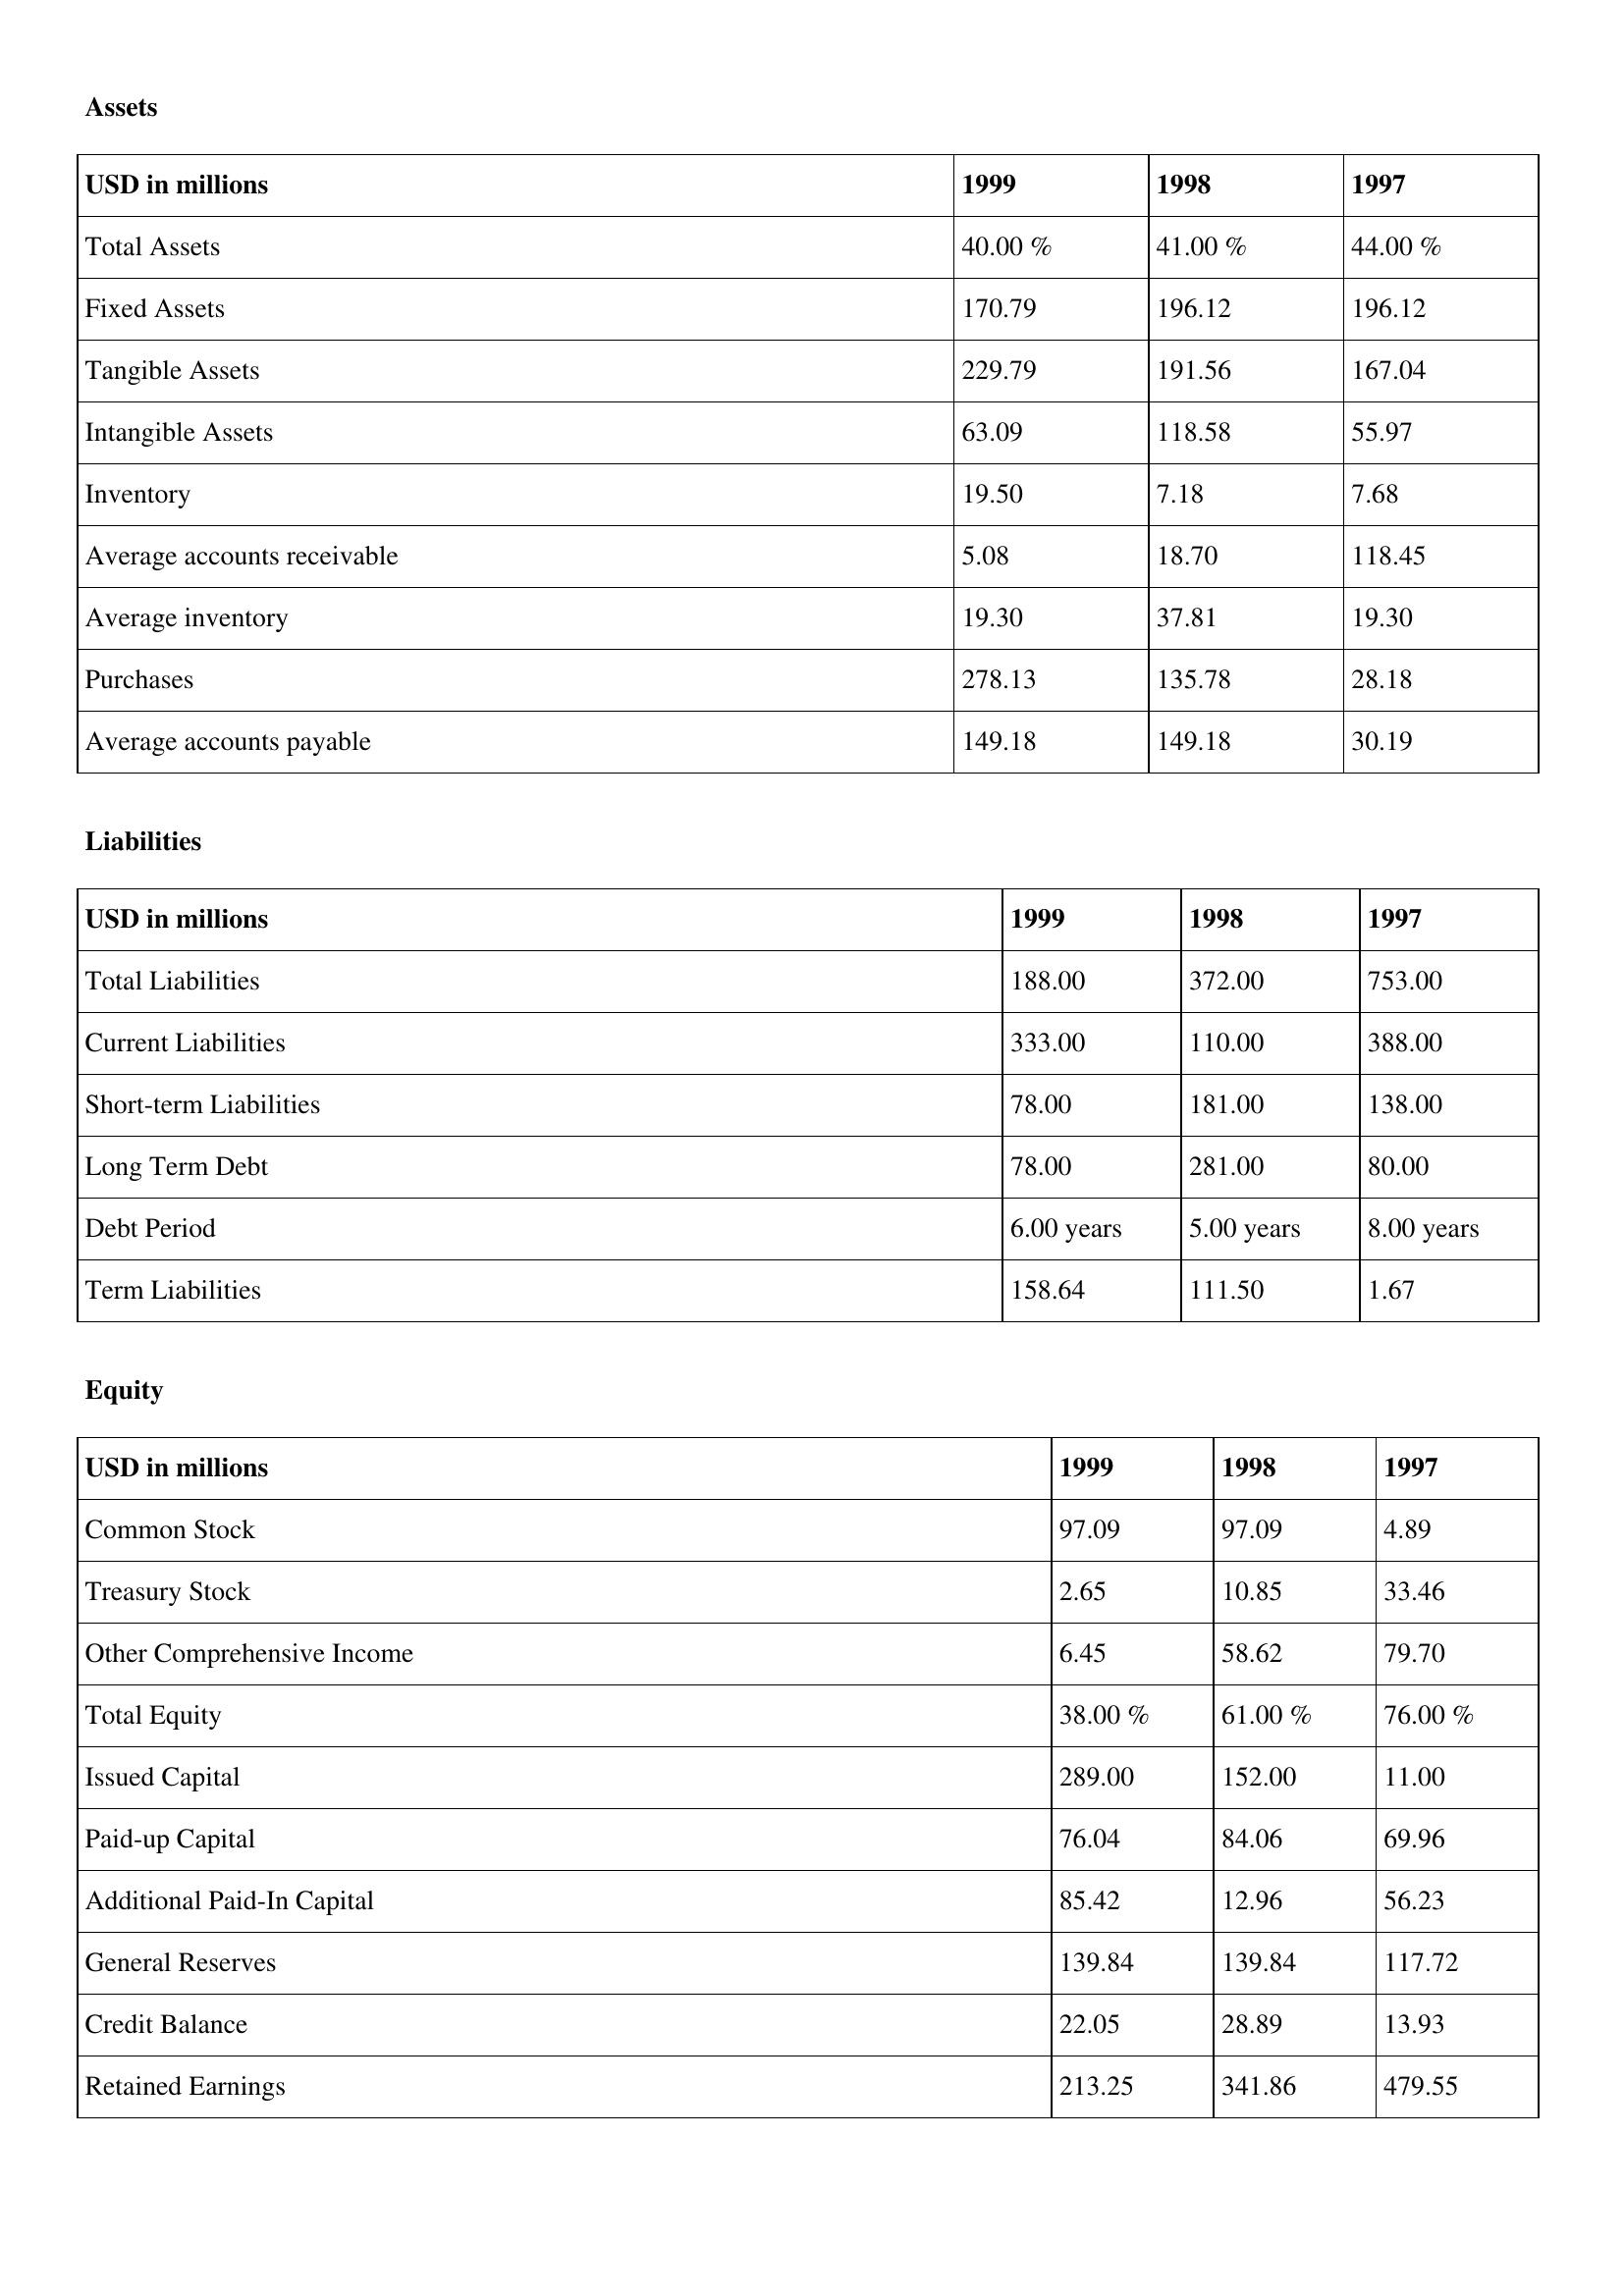
gt_parse: 1999: Assets: Total Assets: 40.00 %
Fixed Assets: 170.79
Tangible Assets: 229.79
Intangible Assets: 63.09
Inventory: 19.50
Average accounts receivable: 5.08
Average inventory: 19.30
Purchases: 278.13
Average accounts payable: 149.18
Liabilities: Total Liabilities: 188.00
Current Liabilities: 333.00
Short-term Liabilities: 78.00
Long Term Debt: 78.00
Debt Period: 6.00 years
Term Liabilities: 158.64
Equity: Common Stock: 97.09
Treasury Stock: 2.65
Other Comprehensive Income: 6.45
Total Equity: 38.00 %
Issued Capital: 289.00
Paid-up Capital: 76.04
Additional Paid-In Capital: 85.42
General Reserves: 139.84
Credit Balance: 22.05
Retained Earnings: 213.25
1998: Assets: Total Assets: 41.00 %
Fixed Assets: 196.12
Tangible Assets: 191.56
Intangible Assets: 118.58
Inventory: 7.18
Average accounts receivable: 18.70
Average inventory: 37.81
Purchases: 135.78
Average accounts payable: 149.18
Liabilities: Total Liabilities: 372.00
Current Liabilities: 110.00
Short-term Liabilities: 181.00
Long Term Debt: 281.00
Debt Period: 5.00 years
Term Liabilities: 111.50
Equity: Common Stock: 97.09
Treasury Stock: 10.85
Other Comprehensive Income: 58.62
Total Equity: 61.00 %
Issued Capital: 152.00
Paid-up Capital: 84.06
Additional Paid-In Capital: 12.96
General Reserves: 139.84
Credit Balance: 28.89
Retained Earnings: 341.86
1997: Assets: Total Assets: 44.00 %
Fixed Assets: 196.12
Tangible Assets: 167.04
Intangible Assets: 55.97
Inventory: 7.68
Average accounts receivable: 118.45
Average inventory: 19.30
Purchases: 28.18
Average accounts payable: 30.19
Liabilities: Total Liabilities: 753.00
Current Liabilities: 388.00
Short-term Liabilities: 138.00
Long Term Debt: 80.00
Debt Period: 8.00 years
Term Liabilities: 1.67
Equity: Common Stock: 4.89
Treasury Stock: 33.46
Other Comprehensive Income: 79.70
Total Equity: 76.00 %
Issued Capital: 11.00
Paid-up Capital: 69.96
Additional Paid-In Capital: 56.23
General Reserves: 117.72
Credit Balance: 13.93
Retained Earnings: 479.55